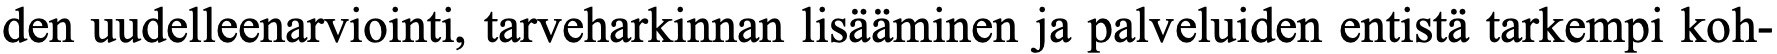
den uudelleenarviointi, tarveharkinnan lisääminen ja palveluiden entistä tarkempi koh-